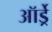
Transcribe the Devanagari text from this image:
ऑर्ड्रे